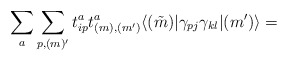
\begin{align*}\sum_a \sum_{p, (m)^\prime }t^a_{ip} t^a_{ (m), (m^\prime )}\langle (\tilde{m}) |\gamma_{pj} \gamma_{kl}| (m^\prime )\rangle =\end{align*}